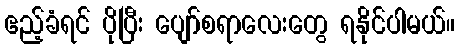
ဧည့်ခံရင် ပိုပြီး ပျော်စရာလေးတွေ ရနိုင်ပါမယ်။